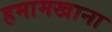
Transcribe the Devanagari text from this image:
हमामखाना